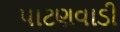
પાટણવાડી